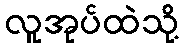
လူအုပ်ထဲသို့